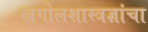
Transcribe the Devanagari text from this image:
खगोलशास्त्रज्ञांचा